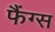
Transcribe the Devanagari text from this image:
फैंग्स